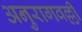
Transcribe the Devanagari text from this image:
अनुरागवल्ली